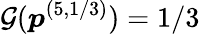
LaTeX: \mathcal{G}(\boldsymbol{p}^{(5,1/3)})=1/3